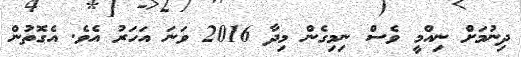
ދިނުމަށް ނިއްމީ ވެސް ނިމިގެން މިދާ 2016 ވަނަ އަހަރު އެވެ. އެގޮތުން